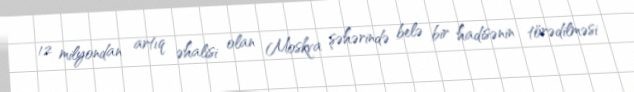
12 milyondan artıq əhalisi olan Moskva şəhərində belə bir hadisənin törədilməsi